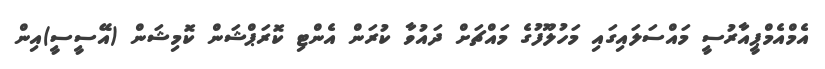
އެމްއެމްޕީއާރުސީ މައްސަލައިގައި މަހުލޫފުގެ މައްޗަށް ދައުވާ ކުރަން އެންޓި ކޮރަޕްޝަން ކޮމިޝަން (އޭސީސީ)އިން